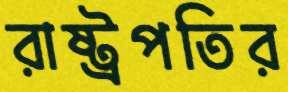
রাষ্ট্রপতির